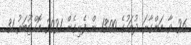
26 ވާ އަންގާރަ ދުވަހުގެ 13:00 ން ފެށިގެން 2021 އޮކްޓޫބަރު 31